画像に写った文字を読んでください
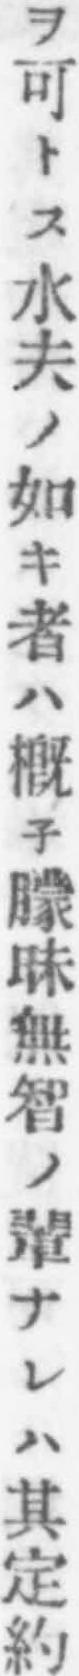
「ヲ可トス水夫ノ如キ者ハ槪子矇昧無智ノ輩ナレハ其定約」と書いてあります